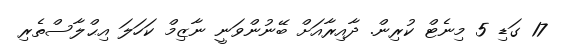
17 ގަޑި 5 މިނެޓް ކުރިން. ދާއިރާއަށް ބޭނުންވަނީ ނާޒިމް ކަހަލަ އިޙްލާސްތެރި